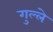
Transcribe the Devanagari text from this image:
गुल्ले